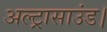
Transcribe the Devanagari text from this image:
अल्ट्रासाउंड।